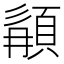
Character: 䫇